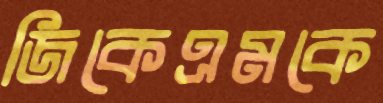
জিকেএমকে